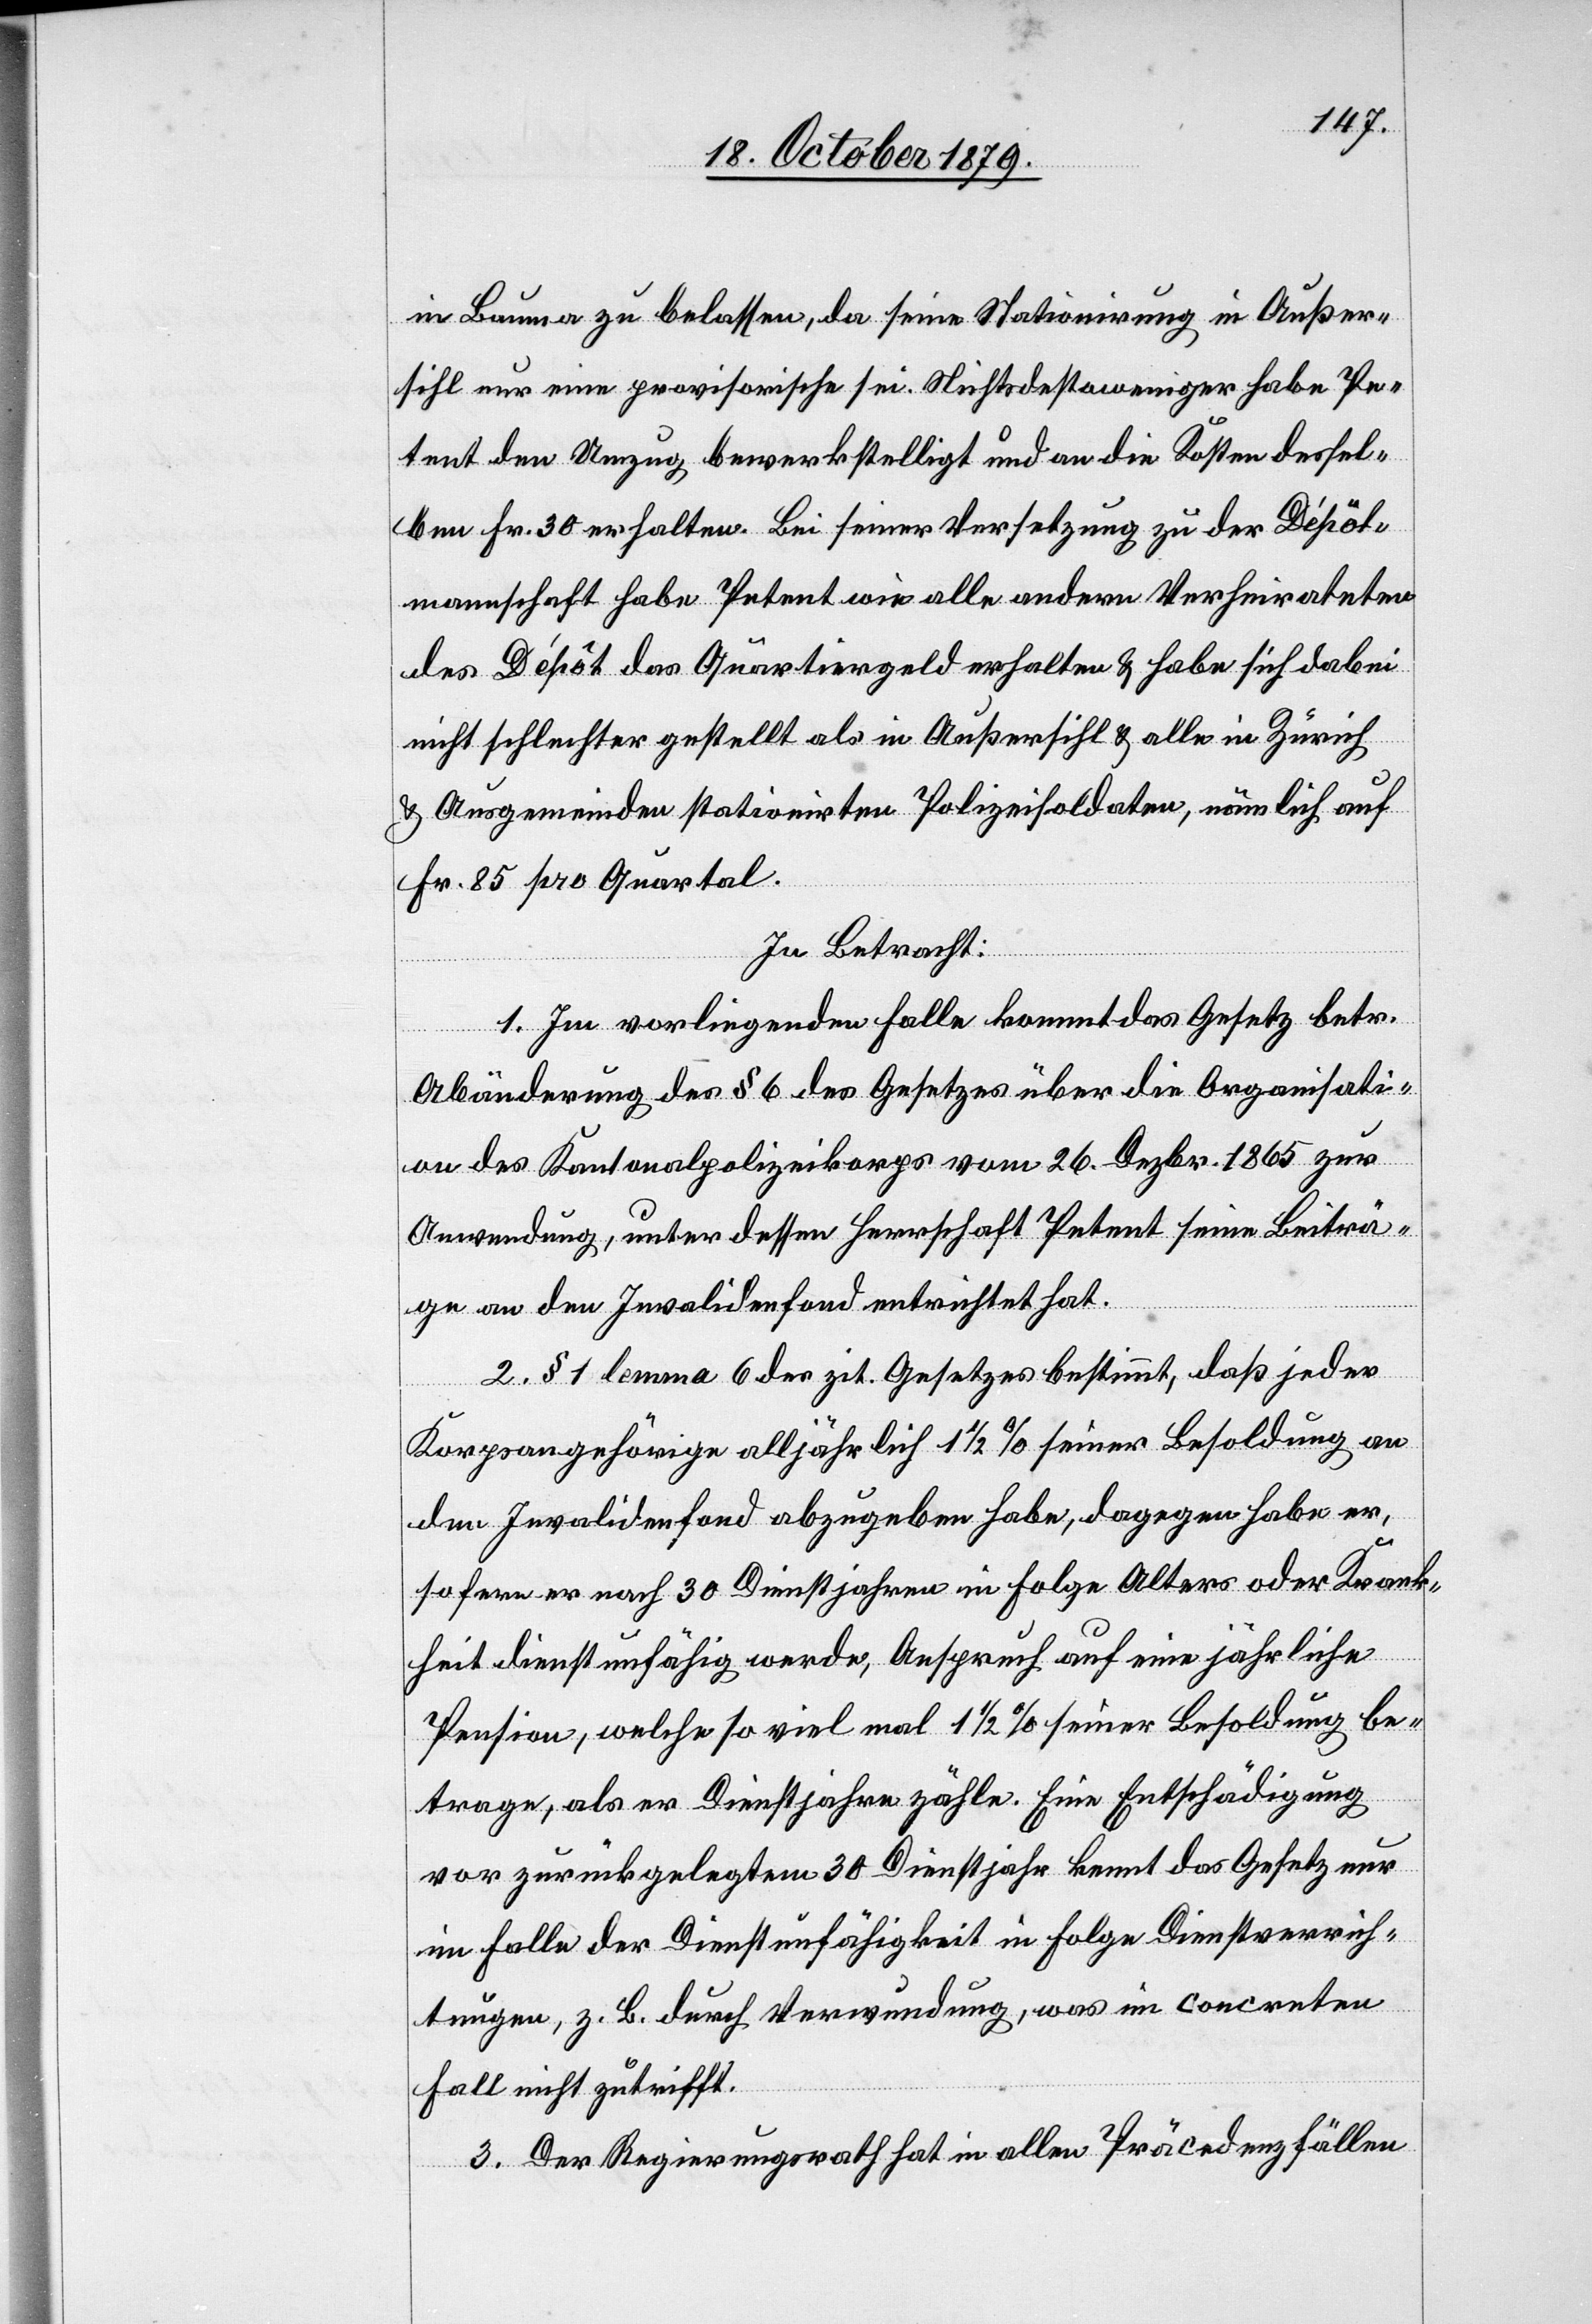
in Bauma zu belassen, da seine Stationirung in Außer¬
sihl nur eine provisorische sei. Nichtsdestoweniger habe Pe¬
tent den Umzug bewerkstelligt und an die Kosten dessel¬
ben Fr. 30 erhalten. Bei seiner Versetzung zu der Dépôt¬
mannschaft habe Petent wie alle andern Verheirateten
des Dépôt das Quartiergeld erhalten & habe sich dabei
nicht schlechter gestellt als in Außersihl & alle in Zürich
& Ausgemeinden stationirten Polizeisoldaten, nämlich auf
Fr. 85 pro Quartal.
In Betracht:
1. Im vorliegenden Falle kommt das Gesetz betr.
Abänderung des § 6 des Gesetzes über die Organisati¬
on des Kantonalpolizeikorps vom 26. Dezbr. 1865 zur
Anwendung, unter dessen Herrschaft Petent seine Beiträ¬
ge an den Invalidenfond entrichtet hat.
2. § 1 lemma 6 des zit. Gesetzes bestimmt, daß jeder
Korpsangehörige alljährlich 1 1/2 % seiner Besoldung an
den Invalidenfond abzugeben habe, dagegen habe er,
sofern er nach 30 Dienstjahren in Folge Alters oder Krank¬
heit dienstunfähig werde, Anspruch auf eine jährliche
Pension, welche so viel mal 1 1/2 % seiner Besoldung be¬
trage, als er Dienstjahre zähle. Eine Entschädigung
vor zurückgelegtem 30 Dienstjahr kennt das Gesetz nur
im Falle der Dienstunmöglichkeit in Folge Dienstverrich¬
tung, z. B durch Verwundung, was im concreten
Fall nicht zutrifft.
3. Der Regierungsrath hat in allen Präcedenzfällen